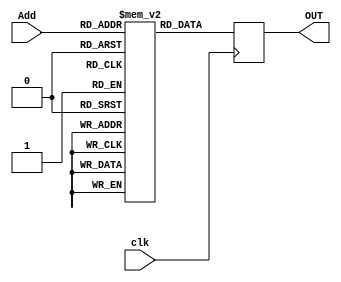
`timescale 1ns / 1ps
//////////////////////////////////////////////////////////////////////////////////
// Company: 
// Engineer: 
// 
// Design Name: 
// Module Name: Intruction_Mem
// Project Name: 
// Target Devices: 
// Tool Versions: 
// Description: 
// 
// Dependencies: 
// 
// Revision:
// Revision 0.01 - File Created
// Additional Comments:
// 
//////////////////////////////////////////////////////////////////////////////////


module Instruction_Mem(
    input clk,
    input [16:0] Add,
    output [31:0] OUT
    );
    
    reg [31:0] inst_mem [0:65536];
    
    reg [31:0] out;
    assign OUT = out;
    
    always @ (posedge clk) out = inst_mem[Add];
    
endmodule